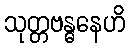
သုတ္တဗန္ဓနေဟိ